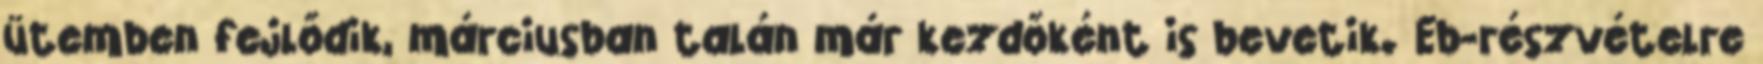
ütemben fejlődik, márciusban talán már kezdőként is bevetik. Eb-részvételre